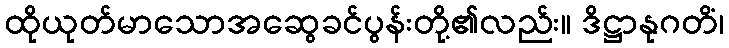
ထိုယုတ်မာသောအဆွေခင်ပွန်းတို့၏လည်း။ ဒိဋ္ဌာနုဂတိံ၊